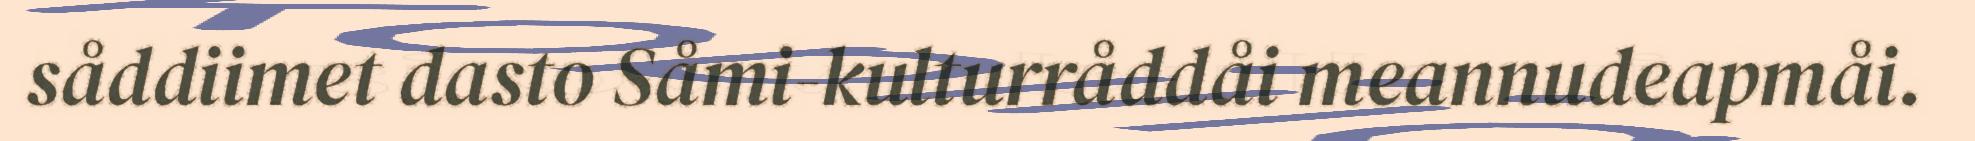
såddiimet dasto Såmi-kulturråddåi meannudeapmåi.